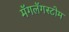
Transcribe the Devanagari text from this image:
मॅगलॅगस्टोम